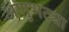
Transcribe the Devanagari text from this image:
अणुभट्या